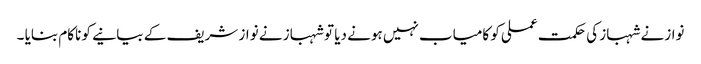
نوازنے شہباز کی حکمت عملی کو کامیاب نہیں ہونے دیا تو شہباز نے نواز شریف کے بیانیے کو ناکام بنایا ۔